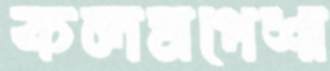
কলমপেশা